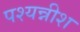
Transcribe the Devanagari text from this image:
पश्यन्नीश